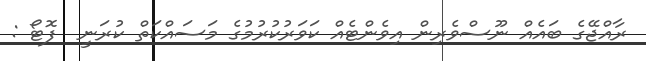
ރާއްޖޭގެ ބައެއް ނޫސްވެރިން އިވެންޓެއް ކަވަރުކުރުމުގެ މަސައްކަތް ކުރަނީ  ފޮޓޯ :